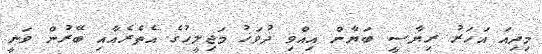
މިދިއަ އަހަރު ރިޔާސީ ބަޔާން އިއްވި ދުވަހު މަޖިލީހުގެ އެތެރެއާއި ބޭރުން ވަނީ